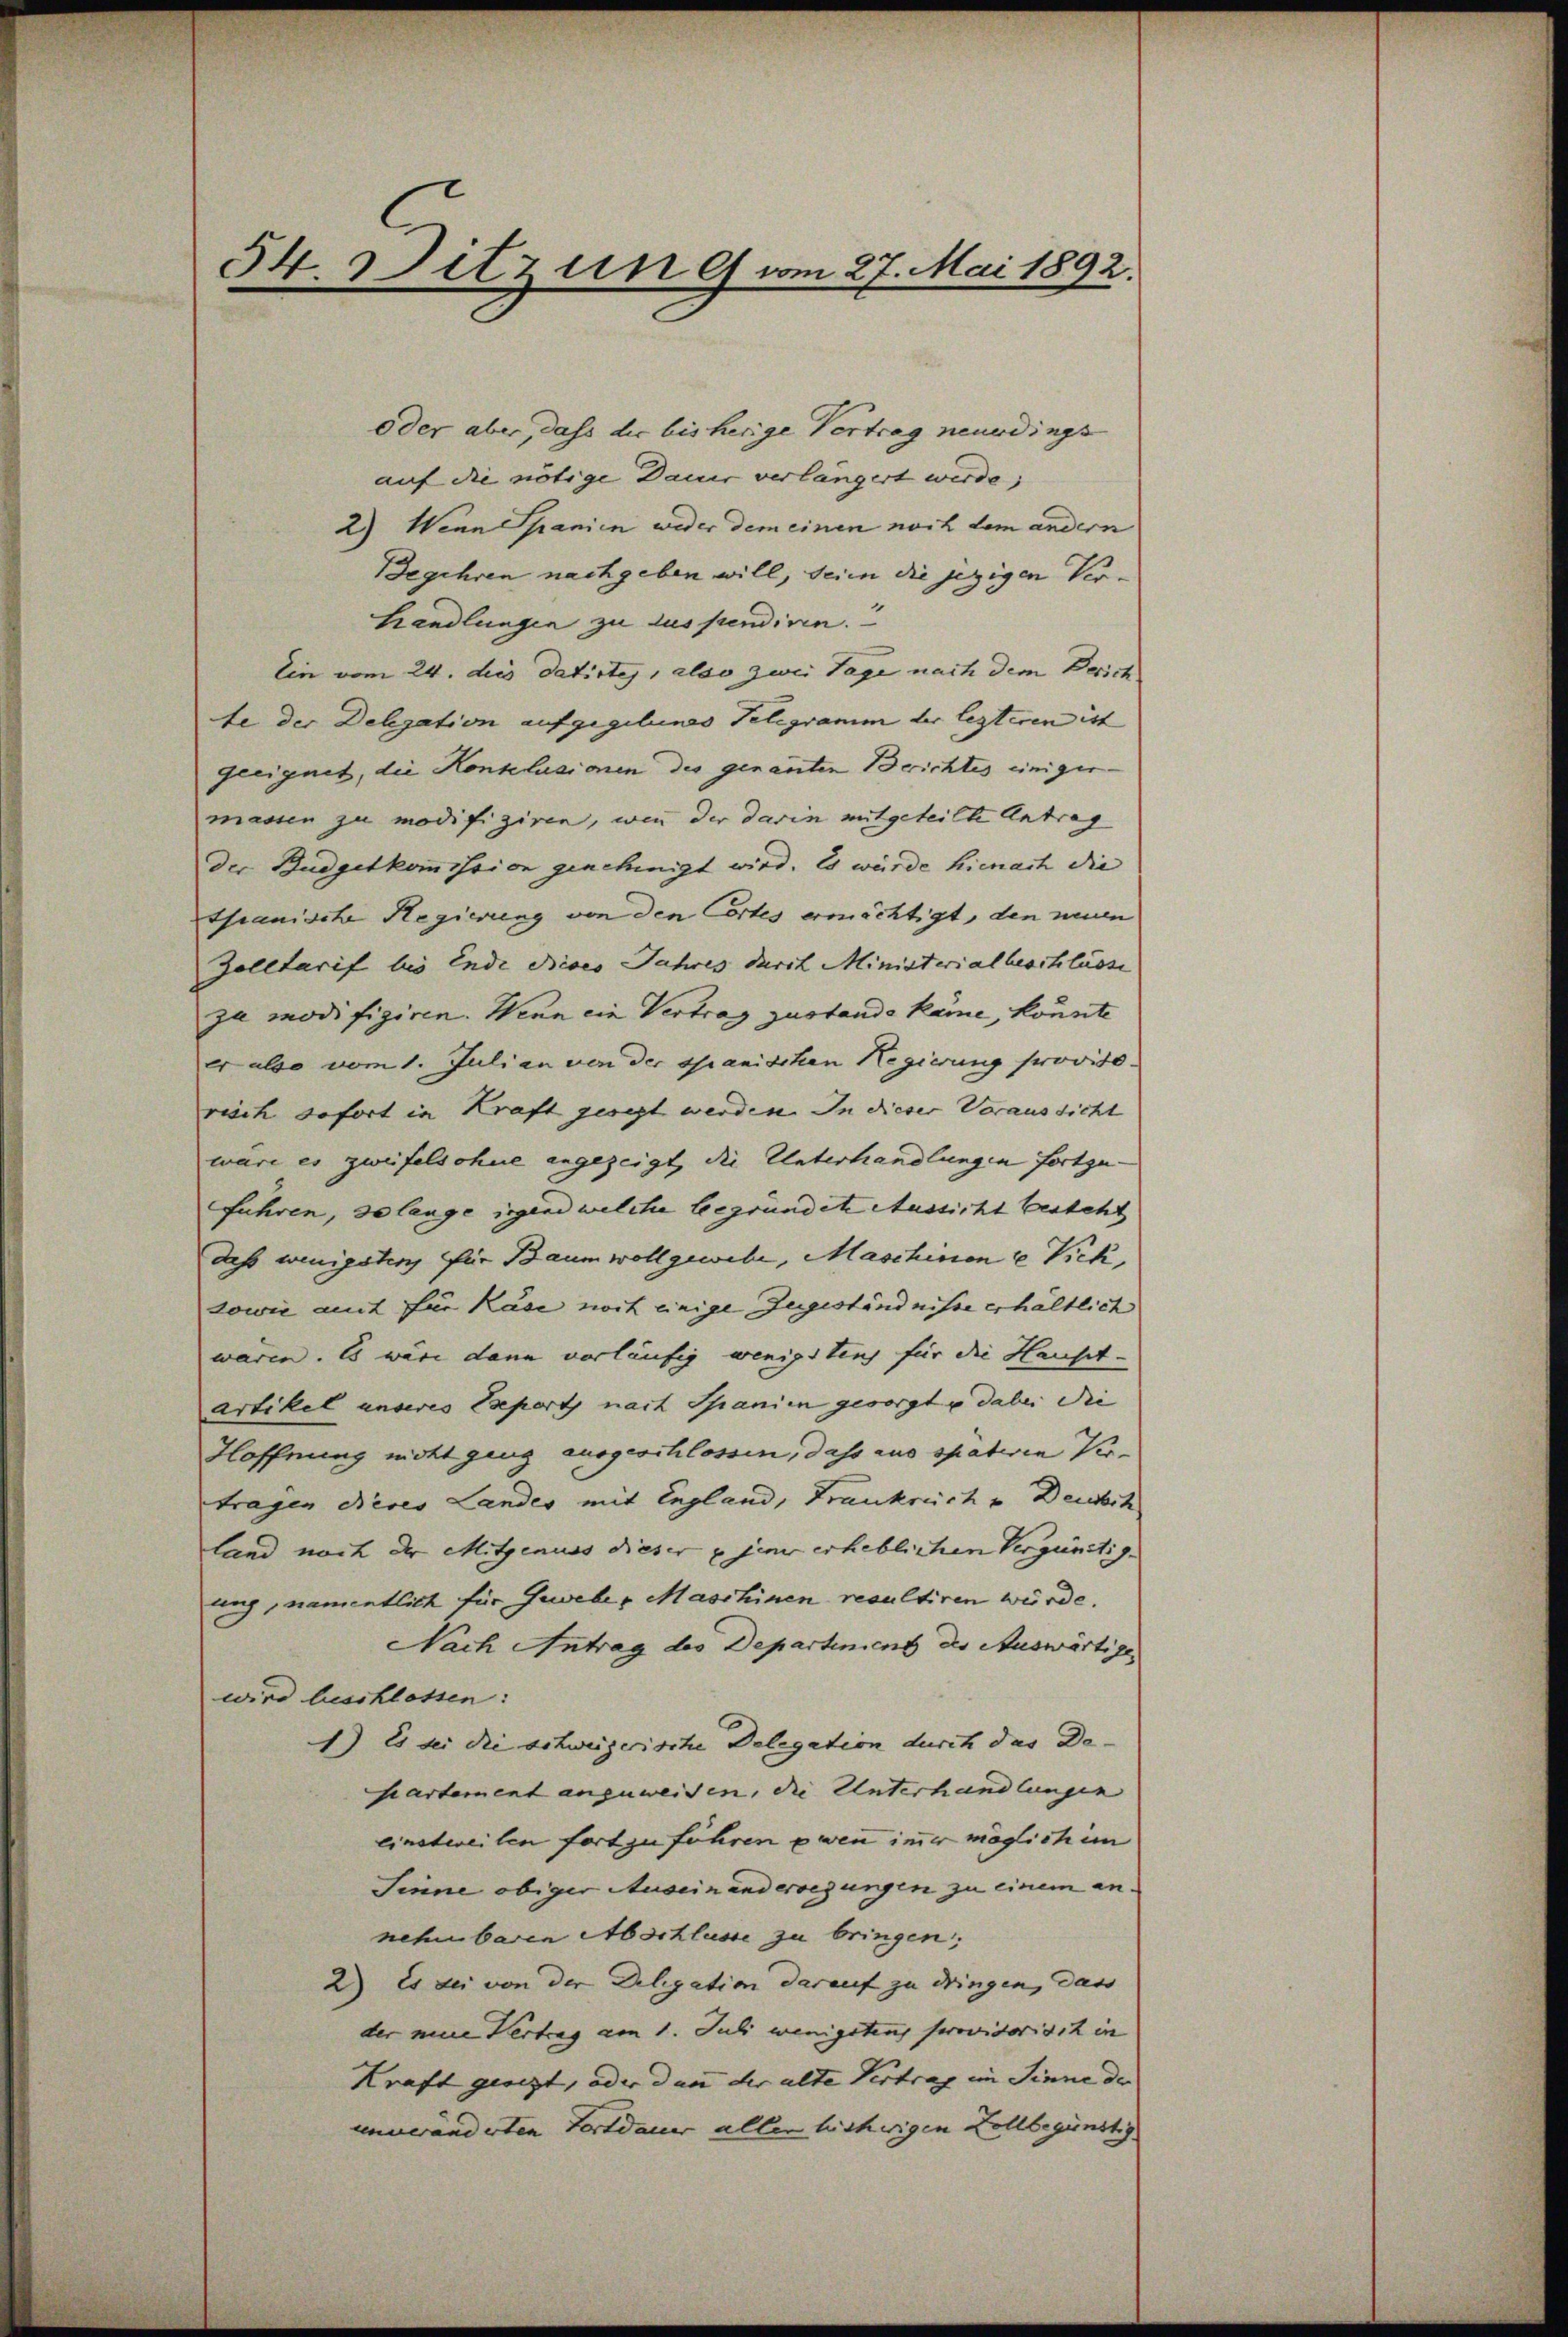
54. Sitzung vom 27. Mai 1892.

oder aber, dass die bisherige Vertrag neuerdings
auf die nötige Dauer verlängert werde;
2) Wenn Spanien weder dem einen noch dem andern
Begehren nachgeben will, sein die jezigen Ver¬
Handlungen zu dus pendiren.
Ein vom 24. dies datirtes, also zwei Tage nach dem Zürich
te der Delegation aufgegebenes Telegramm der lezteren ist
geeignet, die Honklusionen des genanten Berichtes einigermassen zu modifiziren, wenn der darin mitgeteilte Antrag
der Budgetkommission genehmigt wird. Es wurde hienach die
thanische Regierung von den Cortes ermächtigt, den neuen
Zolltarif bis Ende dieses Jahres durch Ministerialbeschlüsse
zu modifiziren. Wenn ein Vertrag zustande käme, könnte
er also vom 1. Juli an von der spanischen Regierung proviso
risch sofort in Kraft gesezt werden. In dieser Voraussicht
wäre es zweifelsohne angezeigt, die Unterhandlungen fortge-
fuhren, so lange irgend welche begründete Aussicht besteht
daß wenigsten für Baum voll gewebe, Maschinene Vick,
sowie mit für Käse noch einige Zugeständnisse erhältlich
waren. Es wäre dann vorläufig wenigstens für die Hausst-
Artikel unseres Expert nach Spanien gesorgt u dabei die
Hoffnung nicht geng ausgeschlossen, dass aus spativen Vertragen dieses Landes mit England, Frankreich u Deutsch
land noch der Mitgenuss dieser u jene erheblichen Vergünstig.
ung, namentlich für Geweber Maschinen resultiren würde.
Nach Antrag des Departinient des Auswärtige
wird beschlossen:
1) Es sei die schweizerische Delegation durch das De-
partement anzuweisen, die Unterhandlungen
einstweilen fort zu führen wenn immer möglich im
Sinne obiger Auseinandersezungen zu einem an.
nehmbaren Abschlüsse zu bringen;
2) Es sei von der Delegation darauf zu dringen, dass
der eine Vertrag am 1. Juli wenigsten provisorisch in
Kraft gleizt, oder dann der alte Vertrag im Sinne der
unveränderten Fortdauer allen bisherigen Vollbegünstig